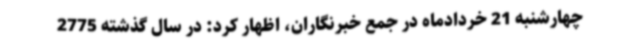
چهارشنبه 21 خردادماه در جمع خبرنگاران، اظهار کرد: در سال گذشته 2775